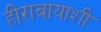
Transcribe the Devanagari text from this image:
हीराबायाशी